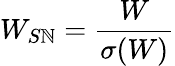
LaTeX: W_{S\mathbb{N}}=\frac{{W}}{{\sigma(W)}}